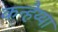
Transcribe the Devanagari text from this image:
कन्हैय्या